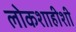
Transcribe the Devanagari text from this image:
लोकशाहीशी